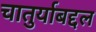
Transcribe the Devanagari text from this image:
चातुर्याबद्दल